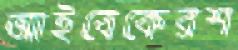
আইবেকেরশ